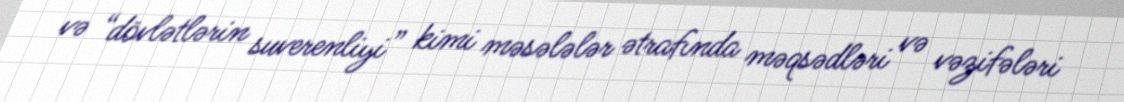
və “dövlətlərin suverenliyi” kimi məsələlər ətrafında məqsədləri və vəzifələri